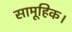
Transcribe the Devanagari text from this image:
सामूहिक।